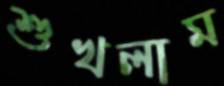
শুখলাম